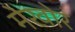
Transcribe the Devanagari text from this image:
मेखोर